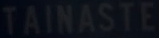
TAINASTE